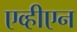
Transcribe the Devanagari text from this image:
एव्हीएन